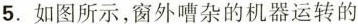
5.如图所示，窗外嘈杂的机器运转的